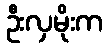
ဦးလှမိုးက